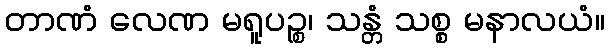
တာဏံ လေဏ မရူပဉ္စ၊ သန္တံ သစ္စ မနာလယံ။